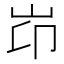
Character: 岇